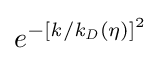
e^{-[{\mathit {k}}/{{\mathit {k}}_{\mathit {D}}(\eta )}]^{2}}